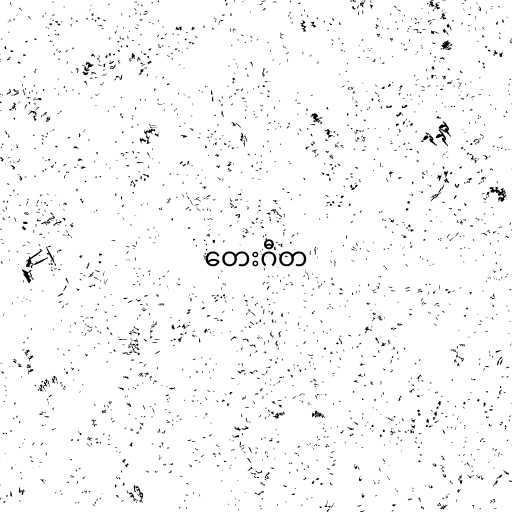
တေးဂီတ